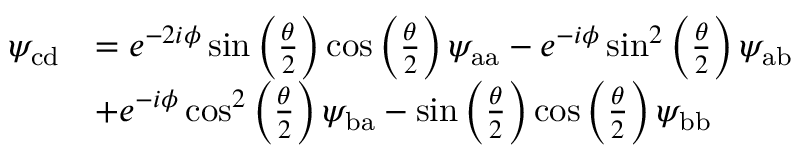
\begin{array} { r l } { \psi _ { \mathrm { c d } } } & { = e ^ { - 2 i \phi } \sin \left( \frac { \theta } { 2 } \right) \cos \left( \frac { \theta } { 2 } \right) \psi _ { \mathrm { a a } } - e ^ { - i \phi } \sin ^ { 2 } \left( \frac { \theta } { 2 } \right) \psi _ { \mathrm { a b } } } \\ & { + e ^ { - i \phi } \cos ^ { 2 } \left( \frac { \theta } { 2 } \right) \psi _ { \mathrm { b a } } - \sin \left( \frac { \theta } { 2 } \right) \cos \left( \frac { \theta } { 2 } \right) \psi _ { \mathrm { b b } } } \end{array}